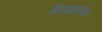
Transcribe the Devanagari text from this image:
गैरमानवीय